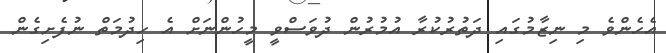
އެހެންވެ މި ނިޒާމުގައި ދަތުރުކުރާ އުމުރުން ދުވަސްވީ މީހުންނަށް އެ ހިދުމަތް ނުފެށިގެން